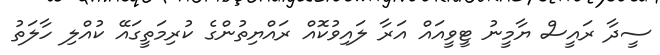
ސީދާ ރައީސް ޔާމީނު ޓީވީއައް އަރާ ލައިވުކޮއް ރައްޔިތުންގެ ކުރިމަތީގައޭ ކުއްލި ހާލަތު